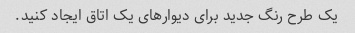
یک طرح رنگ جدید برای دیوارهای یک اتاق ایجاد کنید.